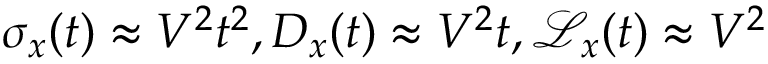
\sigma _ { x } ( t ) \approx V ^ { 2 } t ^ { 2 } , D _ { x } ( t ) \approx V ^ { 2 } t , \mathcal { L } _ { x } ( t ) \approx V ^ { 2 }